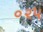
૦૨૫